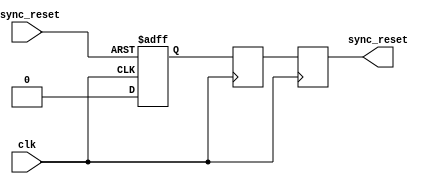
module async_reset_synchronizer (
    input wire clk,               // Clock input
    input wire async_reset,       // Asynchronous reset input (active high)
    output reg sync_reset         // Synchronized reset output
);
    
    // Internal signals for synchronization
    reg sync_reset_ff1;           // First stage flip-flop
    reg sync_reset_ff2;           // Second stage flip-flop

    // Reset synchronization process
    always @(posedge clk or posedge async_reset) begin
        if (async_reset) begin
            sync_reset_ff1 <= 1'b1; // Assert the first flip-flop on async reset
        end else begin
            sync_reset_ff1 <= 1'b0; // De-assert the first flip-flop otherwise
        end
    end

    always @(posedge clk) begin
        sync_reset_ff2 <= sync_reset_ff1; // Sample the output of the first flip-flop
    end

    // Final output assignment
    always @(posedge clk) begin
        sync_reset <= sync_reset_ff2; // Output the synchronized reset signal
    end

endmodule